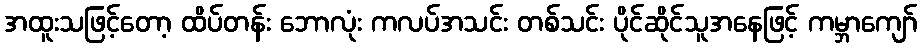
အထူးသဖြင့်တော့ ထိပ်တန်း ဘောလုံး ကလပ်အသင်း တစ်သင်း ပိုင်ဆိုင်သူအနေဖြင့် ကမ္ဘာကျော်